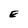
Character: E